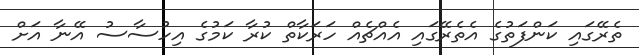
ތެރޭގައި ކަންފަތުގެ އެތެރޭގައި އެއްޗެއް ހަރަކާތް ކުރާ ކަމުގެ އިހުސާސު އޭނާ އަށް